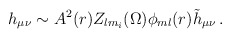
\begin{align*}h_{\mu\nu} \sim A^2(r) Z_{lm_i} (\Omega) \phi_{ml}(r) {\tilde h}_{\mu\nu}\, .\end{align*}